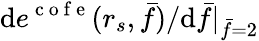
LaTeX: \mathrm{d}e^{\mathrm{{~c~o~f~e~}}}(r_{s},\bar{{f}})/\mathrm{d}\bar{{f}}|_{\bar{{f}}=2}